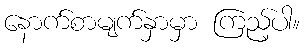
နောက်စာမျက်နှာမှာ ကြည့်ပါ။